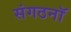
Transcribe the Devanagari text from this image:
संगठनॉ